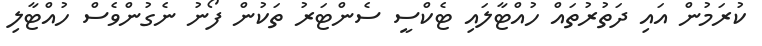
ކުރަމުން އައި ދަތުރުތައް ހުއްޓާލައި ޓެކްސީ ސެންޓަރު ތަކުން ފޯނު ނެގުންވެސް ހުއްޓާލި